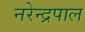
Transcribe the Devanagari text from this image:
नरेन्द्रपाल